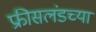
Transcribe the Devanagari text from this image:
फ्रीसलंडच्या